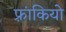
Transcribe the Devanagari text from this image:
फ़्रांकियो